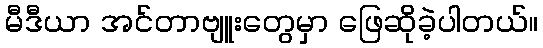
မီဒီယာ အင်တာဗျူးတွေမှာ ဖြေဆိုခဲ့ပါတယ်။